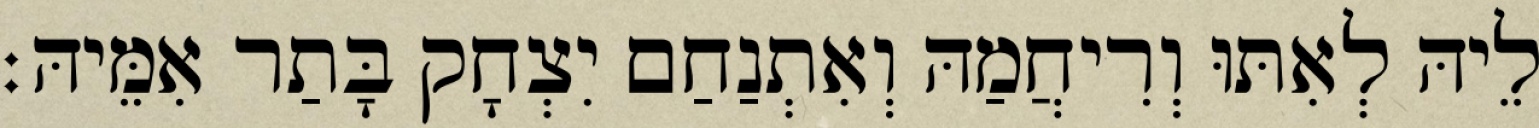
לֵיהּ לְאִתּוּ וְרִיחֲמַהּ וְאִתְנַחַם יִצְחָק בָּתַר אִמֵּיהּ׃